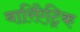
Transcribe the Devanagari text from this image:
बारिऐट्रिक